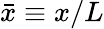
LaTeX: \bar{x}\equiv x/L